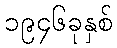
၁၉၄၆ခုနှစ်